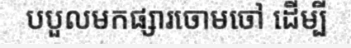
បបួលមកផ្សារចោមចៅ ដើម្បី